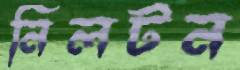
নিলটন